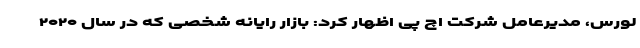
لورس، مدیرعامل شرکت اچ پی اظهار کرد: بازار رایانه شخصی که در سال ۲۰۲۰